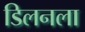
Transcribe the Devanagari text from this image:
डिलनला